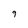
Character: 9